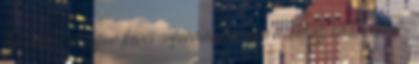
kik, arról nagyon kevés információja van mind az embereknek,